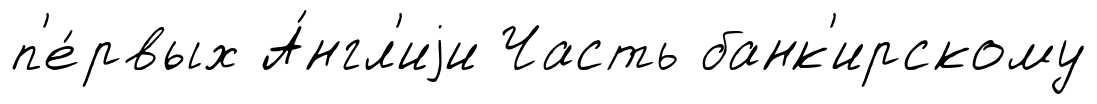
п'е́рвых А́нгл'иjи Часть банк'ирскому